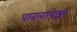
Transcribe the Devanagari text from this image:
पावलापेक्षा